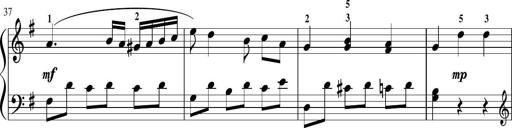
Title: Sonatina in G major
Composer: Friedrich Kuhlau
Key: G major